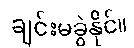
ချင်းမခွဲနိုင်။